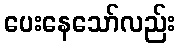
ပေးနေသော်လည်း